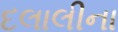
દલાલીના